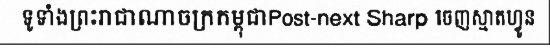
ទូទាំងព្រះរាជាណាចក្រកម្ពុជាPost-next Sharp ចេញស្មាតហ្វូន